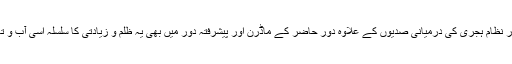
بنی امیہ ،بنی عباس اور نظام ہجری کی درمیانی صدیوں کے علاوہ دور حاضر کے ماڈرن اور پیشرفتہ دور میں بھی یہ ظلم و زیادتی کا سلسلہ اسی آب و تاب کے ساتھ باقی ہے۔